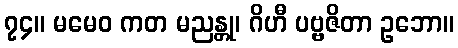
၇၄။ မမေဝ ကတ မညန္တု၊ ဂိဟီ ပဗ္ဗဇိတာ ဥဘော။